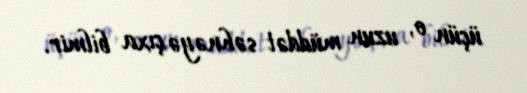
üçün o, uzun müddət səhnəyə çıxa bilmir.